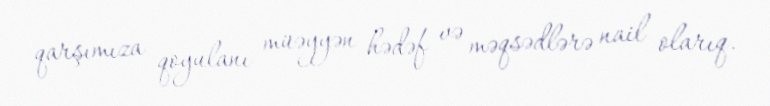
qarşımıza qoyulanı müəyyən hədəf və məqsədlərə nail olarıq.